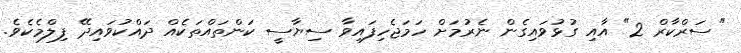
"ސަރްކާރް 2" އާއި ގުޅުވައިގެން ނެރުމަށް ހަމަޖެހިފައިވާ ސިޔާސީ ކަންތައްތަކެއް ދައްކުވައިދޭ ފިލްމެކެވެ.